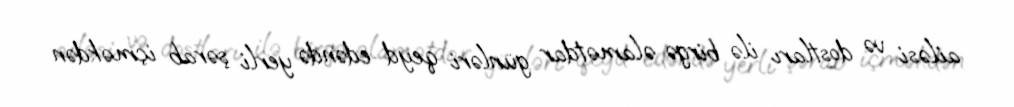
ailəsi və dostları ilə birgə əlamətdar günləri qeyd edəndə yerli şərab içməkdən